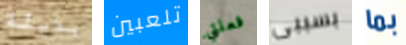
بذيئة تلعبين فعلتي بسببى بما